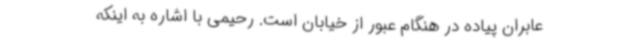
عابران پیاده در هنگام عبور از خیابان است. رحیمی با اشاره به اینکه